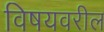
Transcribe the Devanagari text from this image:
विषयवरील